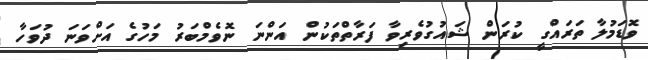
ވޮޑަމުލާ ތަރައްގީ ކުރަން ޝައުގުވެރިވާ ފަރާތްތަކުން އަންނަ ނޮވެމްބަރު މަހުގެ އަށްވަނަ ދުވަހާ